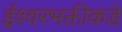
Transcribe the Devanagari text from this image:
ईश्‍वरभक्तीकडे